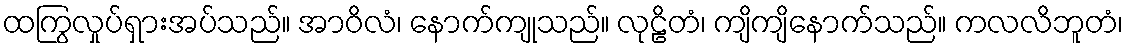
ထကြွလှုပ်ရှားအပ်သည်။ အာဝိလံ၊ နောက်ကျုသည်။ လုဠိတံ၊ ကျိကျိနောက်သည်။ ကလလိဘူတံ၊